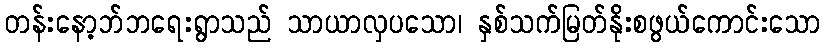
တန်းနော့ဘ်ဘရေးရွာသည် သာယာလှပသော၊ နှစ်သက်မြတ်နိုးစဖွယ်ကောင်းသော